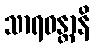
သာရဝန္တာနိ